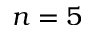
n = 5